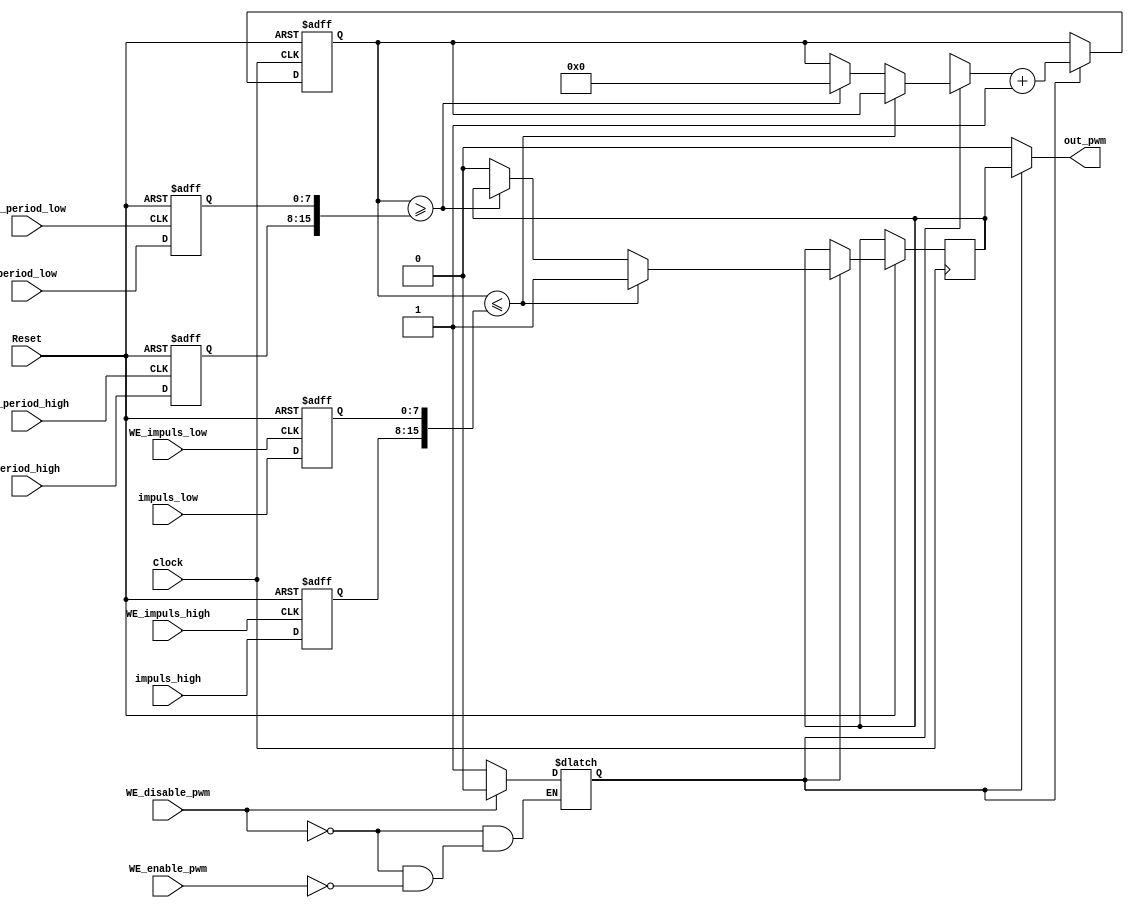
module PWM(
	input Clock,
	input Reset,
	input [7:0]period_low,
	input [7:0]period_high,
	input WE_period_low,
	input WE_period_high,
	input [7:0]impuls_low,
	input [7:0]impuls_high,
	input WE_impuls_low,
	input WE_impuls_high,
	input WE_enable_pwm,
	input WE_disable_pwm,
	output out_pwm
);

reg enable_pwm;
reg [15:0] reg_period;
reg [15:0] reg_impuls;
reg [15:0] reg_current_period;
reg out;

wire [15:0] w_period; 
wire [15:0] w_impuls;

always@(negedge WE_period_low or negedge Reset)
begin
	if(!Reset) reg_period[7:0] = 0;
	else reg_period[7:0] <= period_low;
end

always@(negedge WE_period_high or negedge Reset)
begin
	if(!Reset) reg_period[15:8] = 0;
	else reg_period[15:8] <= period_high;
end

assign w_period = reg_period;

always@(negedge WE_impuls_low or negedge Reset)
begin
	if(!Reset) reg_impuls[7:0] = 0;
	else reg_impuls[7:0] <= impuls_low;
end

always@(negedge WE_impuls_high or negedge Reset)
begin
	if(!Reset) reg_impuls[15:8] = 0;
	else reg_impuls[15:8] <= impuls_high;
end

assign w_impuls = reg_impuls;

always@(*)
begin
	if(WE_disable_pwm) enable_pwm = 0;
	else if(WE_enable_pwm) enable_pwm = 1;
end

always@(posedge Clock or negedge Reset)
begin
	if(!Reset) reg_current_period = 0;
	else if(enable_pwm) begin
		if (reg_current_period <= w_impuls) out <= 1;
		else if (reg_current_period >= w_period) reg_current_period = 0;
		else out = 0;
		reg_current_period = reg_current_period + 1;
	end
end

assign out_pwm = enable_pwm ? out : 0;

endmodule